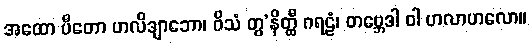
အထော ပီတော ဟလိဒျာဘော၊ ဝိသံ တွ’နိတ္ထီ ဂရဠံ၊ တဗ္ဘေဒါ ဝါ ဟလာဟလော။